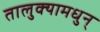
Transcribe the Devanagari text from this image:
तालुक्यामधुन्